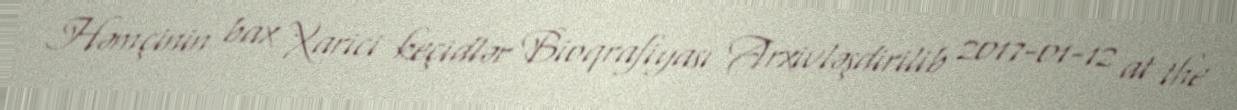
Həmçinin bax Xarici keçidlər Bioqrafiyası Arxivləşdirilib 2017-01-12 at the